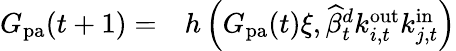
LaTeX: \begin{array}{rl}{G_{\mathrm{pa}}(t+1)=}&{{}h\left(G_{\mathrm{pa}}(t)\xi,\widehat{\beta}_{t}^{d}k_{i,t}^{\mathrm{out}}k_{j,t}^{\mathrm{in}}\right)}\end{array}